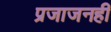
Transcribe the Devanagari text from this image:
प्रजाजनही